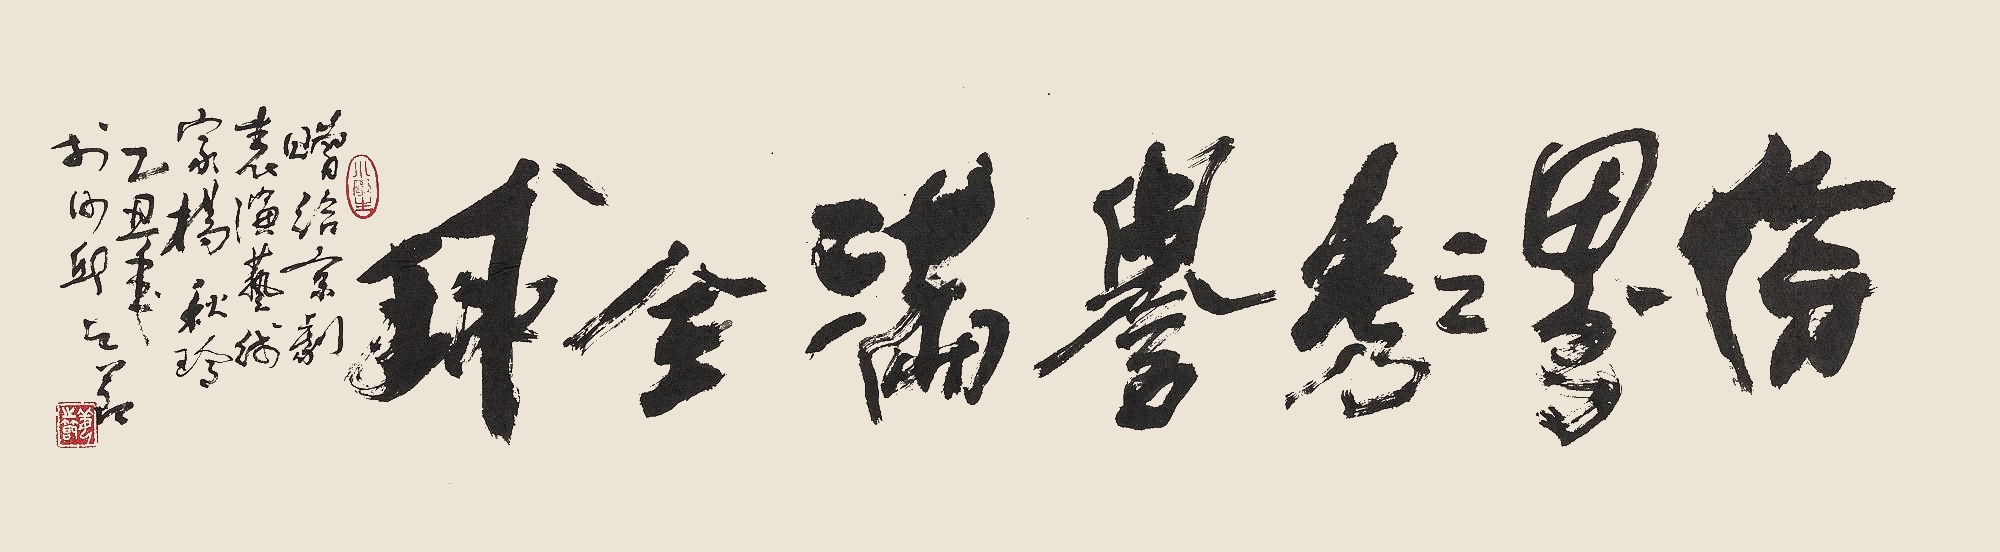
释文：伶界之秀，誉满全球。赠给京剧表演艺术家杨秋玲。乙丑年于沙邱，之节。